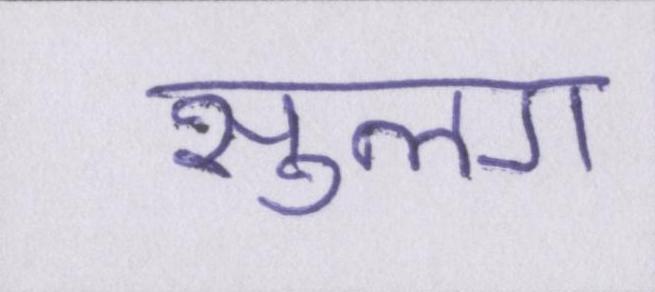
सुलग